Annual report of the Punjab Veterinary College and of the Civil Veterinary Department, Punjab - 1909-1919
Year: 1909
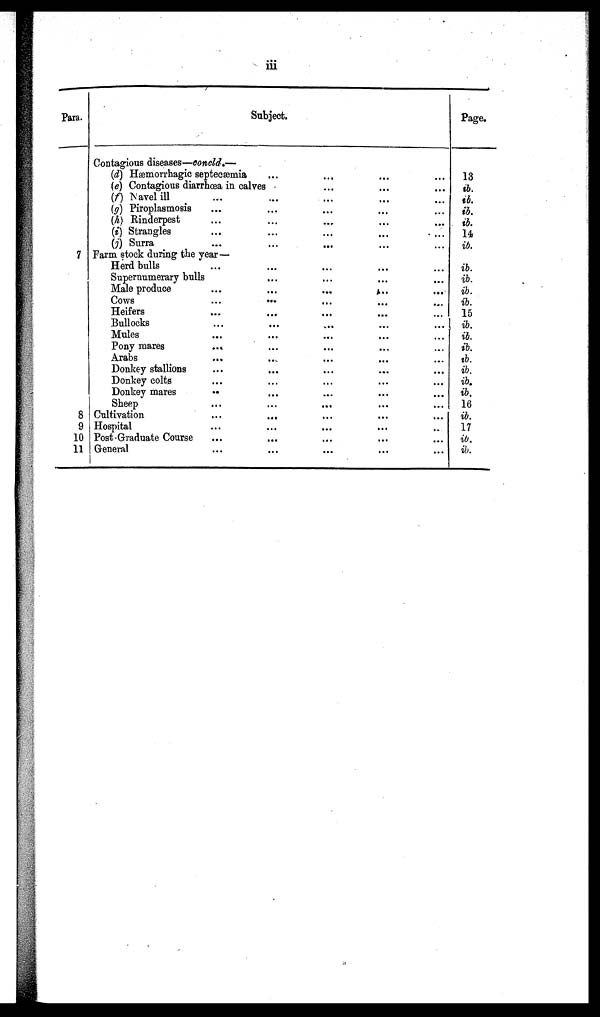
iii
Para.
7
8
9
10
11
Subject.
Contagious diseases—concld.—
(d) Hæmorrhagic septecæmia
(e) Contagious diarrhœa in calves
(f) Navel ill ...
(g) Piroplasmosis ...
(h) Rinderpest ...
(i) Strangles
(j) Surra ...
Farm stock during the year —
Herd bulls ...
Supernumerary bulls
Male produce ...
Cows ...
Heifers ...
Bullocks ...
Mules ...
Pony mares ...
Arabs ...
Donkey stallions ...
Donkey colts ...
Donkey mares
..
Sheep ...
Cultivation ...
Hospital ...
Post Graduate Course ...
General ...
...
...
...
...
...
...
...
...
...
...
...
...
...
...
...
...
...
...
...
...
...
...
...
...
...
...
...
...
...
...
...
...
...
...
...
...
...
...
...
...
...
...
...
...
...
...
...
...
...
...
...
...
...
...
...
...
...
...
...
...
...
...
...
...
...
...
...
...
...
...
...
...
...
...
...
...
...
...
...
...
...
...
...
...
...
...
...
...
...
...
...
...
...
...
Page.
13
ib.
ib.
ib.
ib.
14
ib.
ib.
ib.
ib.
ib.
15
ib.
ib.
ib.
ib.
ib.
ib.
ib.
16
ib.
17
ib.
ib.